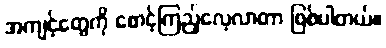
အကျင့်တွေကို စောင့်ကြည့်လေ့လာတာ ဖြစ်ပါတယ်။